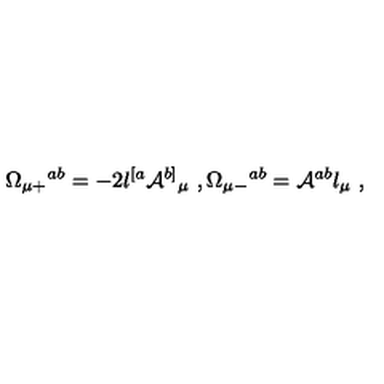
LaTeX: \Omega _ { \mu + } { } ^ { a b } = - 2 l ^ { [ a } { \cal A } ^ { b ] } { } _ { \mu } \ , \Omega _ { \mu - } { } ^ { a b } = { \cal A } ^ { a b } l _ { \mu } \ ,